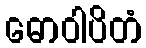
ဓောဝါပိတံ